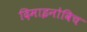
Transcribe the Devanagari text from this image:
दिमाइनोविच